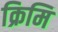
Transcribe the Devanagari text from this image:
क्रिमि